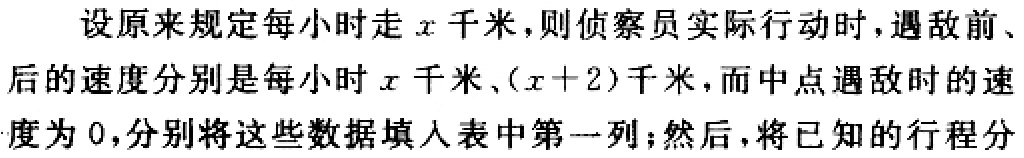
设原来规定每小时走\(x\)千米，则侦察员实际行动时，遇敌前、后的速度分别是每小时\(x\)千米、\((x + 2)\)千米，而中点遇敌时的速度为\(0\)，分别将这些数据填入表中第一列；然后，将已知的行程分